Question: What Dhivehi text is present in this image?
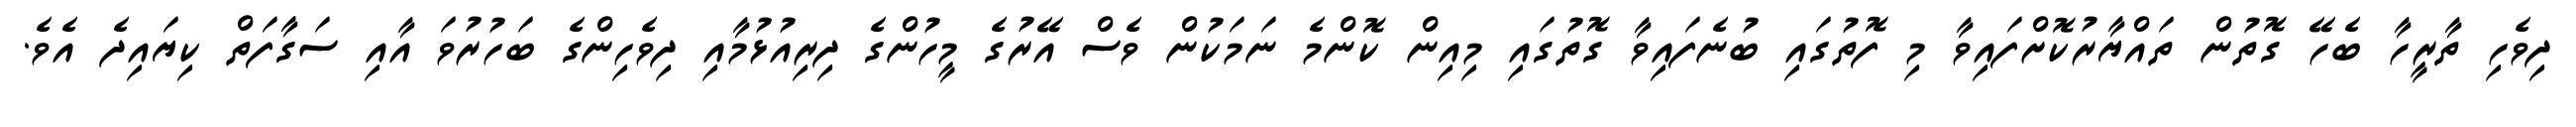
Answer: ދިވެހި ތާރީހާ ބެހޭ ގޮތުން ތައްޔާރުކޮށްފައިވާ މި ފޮތުގައި ބުނެފައިވާ ގޮތުގައި މިއިން ކޮންމެ ނަމަކުން ވެސް އޭރުގެ މީހުންގެ ދިރިއުޅުމާއި ދިވެހިންގެ ބަހުރުވަ އާއި ސަގާފަތް ކިޔައިދެ އެވެ.